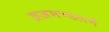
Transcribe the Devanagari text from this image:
व्रजमण्डलमें